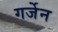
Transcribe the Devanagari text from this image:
गर्जेन